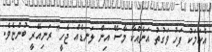
އެކަމަކު ފަހު ވަގުތު އަނެއްކާ މާސޭ އިން ލަނޑެއް ޖެހީ" ރަނިއޭރީ ބުންޏެވެ.